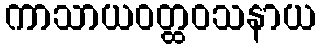
ကာသာယဝတ္ထဝသနာယ